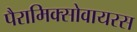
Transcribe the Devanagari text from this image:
पैरामिक्सोवायरस